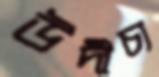
উদীচ্য